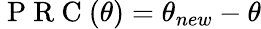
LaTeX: \mathrm{~P~R~C~}(\theta)=\theta_{new}-\theta